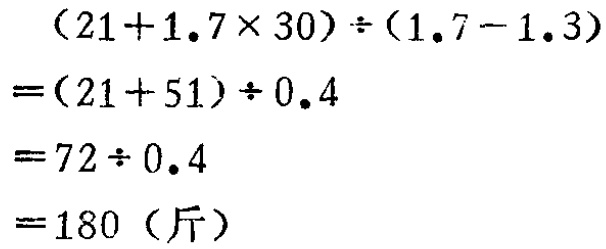
\((21 + 1.7\times30)\div(1.7 - 1.3)\)
\(=(21 + 51)\div0.4\)
\(=72\div0.4\)
\(=180\)（斤）